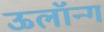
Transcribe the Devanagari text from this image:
ऊलॉन्ग